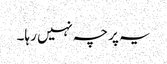
یہ پرچہ نہیں رہا۔